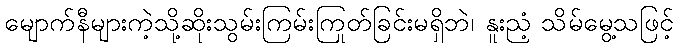
မျောက်နီများကဲ့သို့ဆိုးသွမ်းကြမ်းကြုတ်ခြင်းမရှိဘဲ၊ နူးညံ့ သိမ်မွေ့သဖြင့်